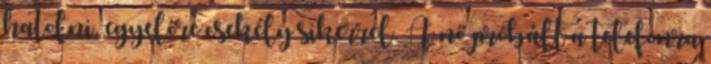
hatolni, egyelőre csekély sikerrel. A nő próbált a telefonra